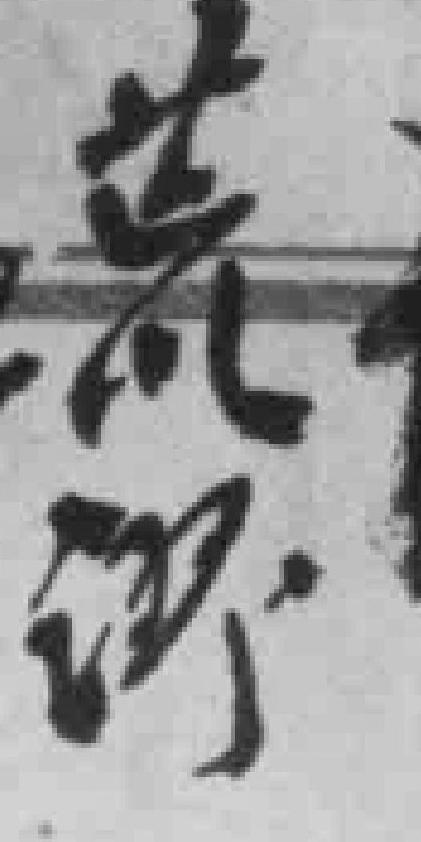
荒谬